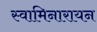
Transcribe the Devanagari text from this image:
स्वामिनारायन